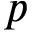
p